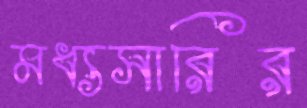
মধ্যসারির